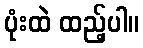
ပုံးထဲ ထည့်ပါ။